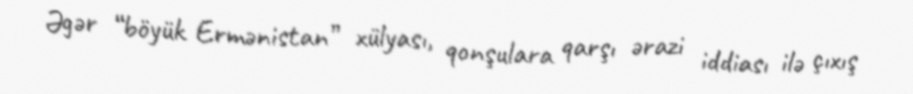
Əgər “böyük Ermənistan” xülyası, qonşulara qarşı ərazi iddiası ilə çıxış